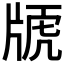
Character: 𤗕